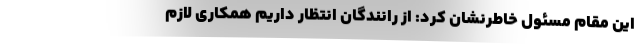
این مقام مسئول خاطرنشان کرد: از رانندگان انتظار داریم همکاری لازم